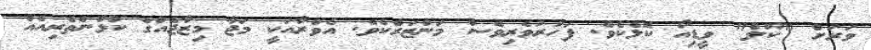
ވަރަށް "ކޫލް" ވީޑިއޯ ކޮޅެކެވެ. ފަހުރުވެރިވެސް މަންޒަރެކެވެ. އެވްރާއަކީ މަޖާ މިޒާޖެއްގެ ކުޅުންތެރިއެއް